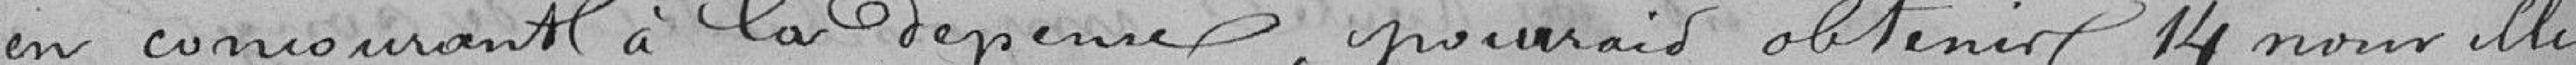
en concourant à la dépense pourrait obtenir 14 nouvelles